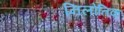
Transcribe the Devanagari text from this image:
निलोतिक